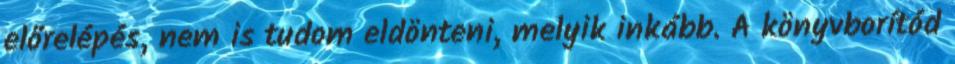
előrelépés, nem is tudom eldönteni, melyik inkább. A könyvborítód